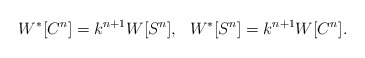
\begin{align*}W^* [C^{n}] = k^{n+1} W[S^{n}], ~~W^* [S^{n}] = k^{n+1} W[C^{n}].\end{align*}